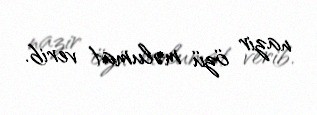
nazir özü məlumat verib.